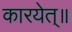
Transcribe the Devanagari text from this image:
कारयेत्॥